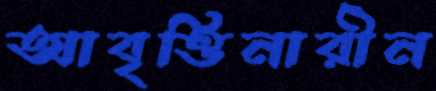
আবৃত্তিনারীন